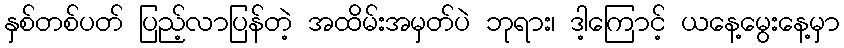
နှစ်တစ်ပတ် ပြည့်လာပြန်တဲ့ အထိမ်းအမှတ်ပဲ ဘုရား၊ ဒါ့ကြောင့် ယနေ့မွေးနေ့မှာ